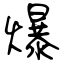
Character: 爆